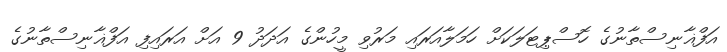
އަފްޣާނިސްތާނުގެ ހޮސްޕިޓަލަކަށް ހަމަލާއަރައި މަރުވި މީހުންގެ އަދަދު 9 އަށް އަރައިފި އަފްޣާނިސްތާނުގެ